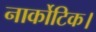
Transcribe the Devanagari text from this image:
नार्कोटिक।